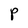
Character: P